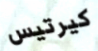
كيرتيس